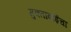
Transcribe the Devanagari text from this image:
मुक्ताबाईचा